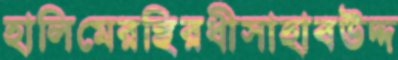
হালিমেরস্থিরধীসাহাবউদ্দ